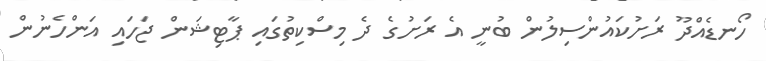
ހޯނޑެއްދޫ ރަށުކައުންސިލުން ބުނީ އެ ރަށުގެ ދެ މިސްކިތުގައި ޕާޓިޝަން ޖަހައި އަންހެނުން